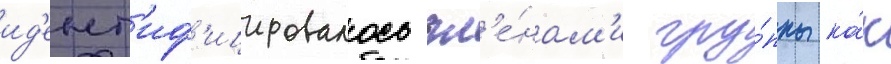
ид'ент'иф'ицировалось чл'е́нам'и гру́ппы ка́к